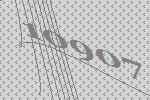
10907